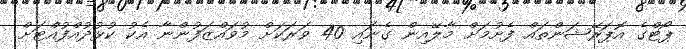
ޕޯޓްގެ އޮޕަރޭޝަންތައް ފެށުމަށް މާލޭއިން ގެނައި 40 ވަރަކަށް މުވައްޒަފުންނާ އެކު ކުޅުދުއްފުއްޓަށް